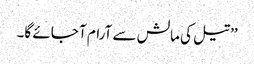
’’تیل کی مالش سے آرام آ جائے گا۔